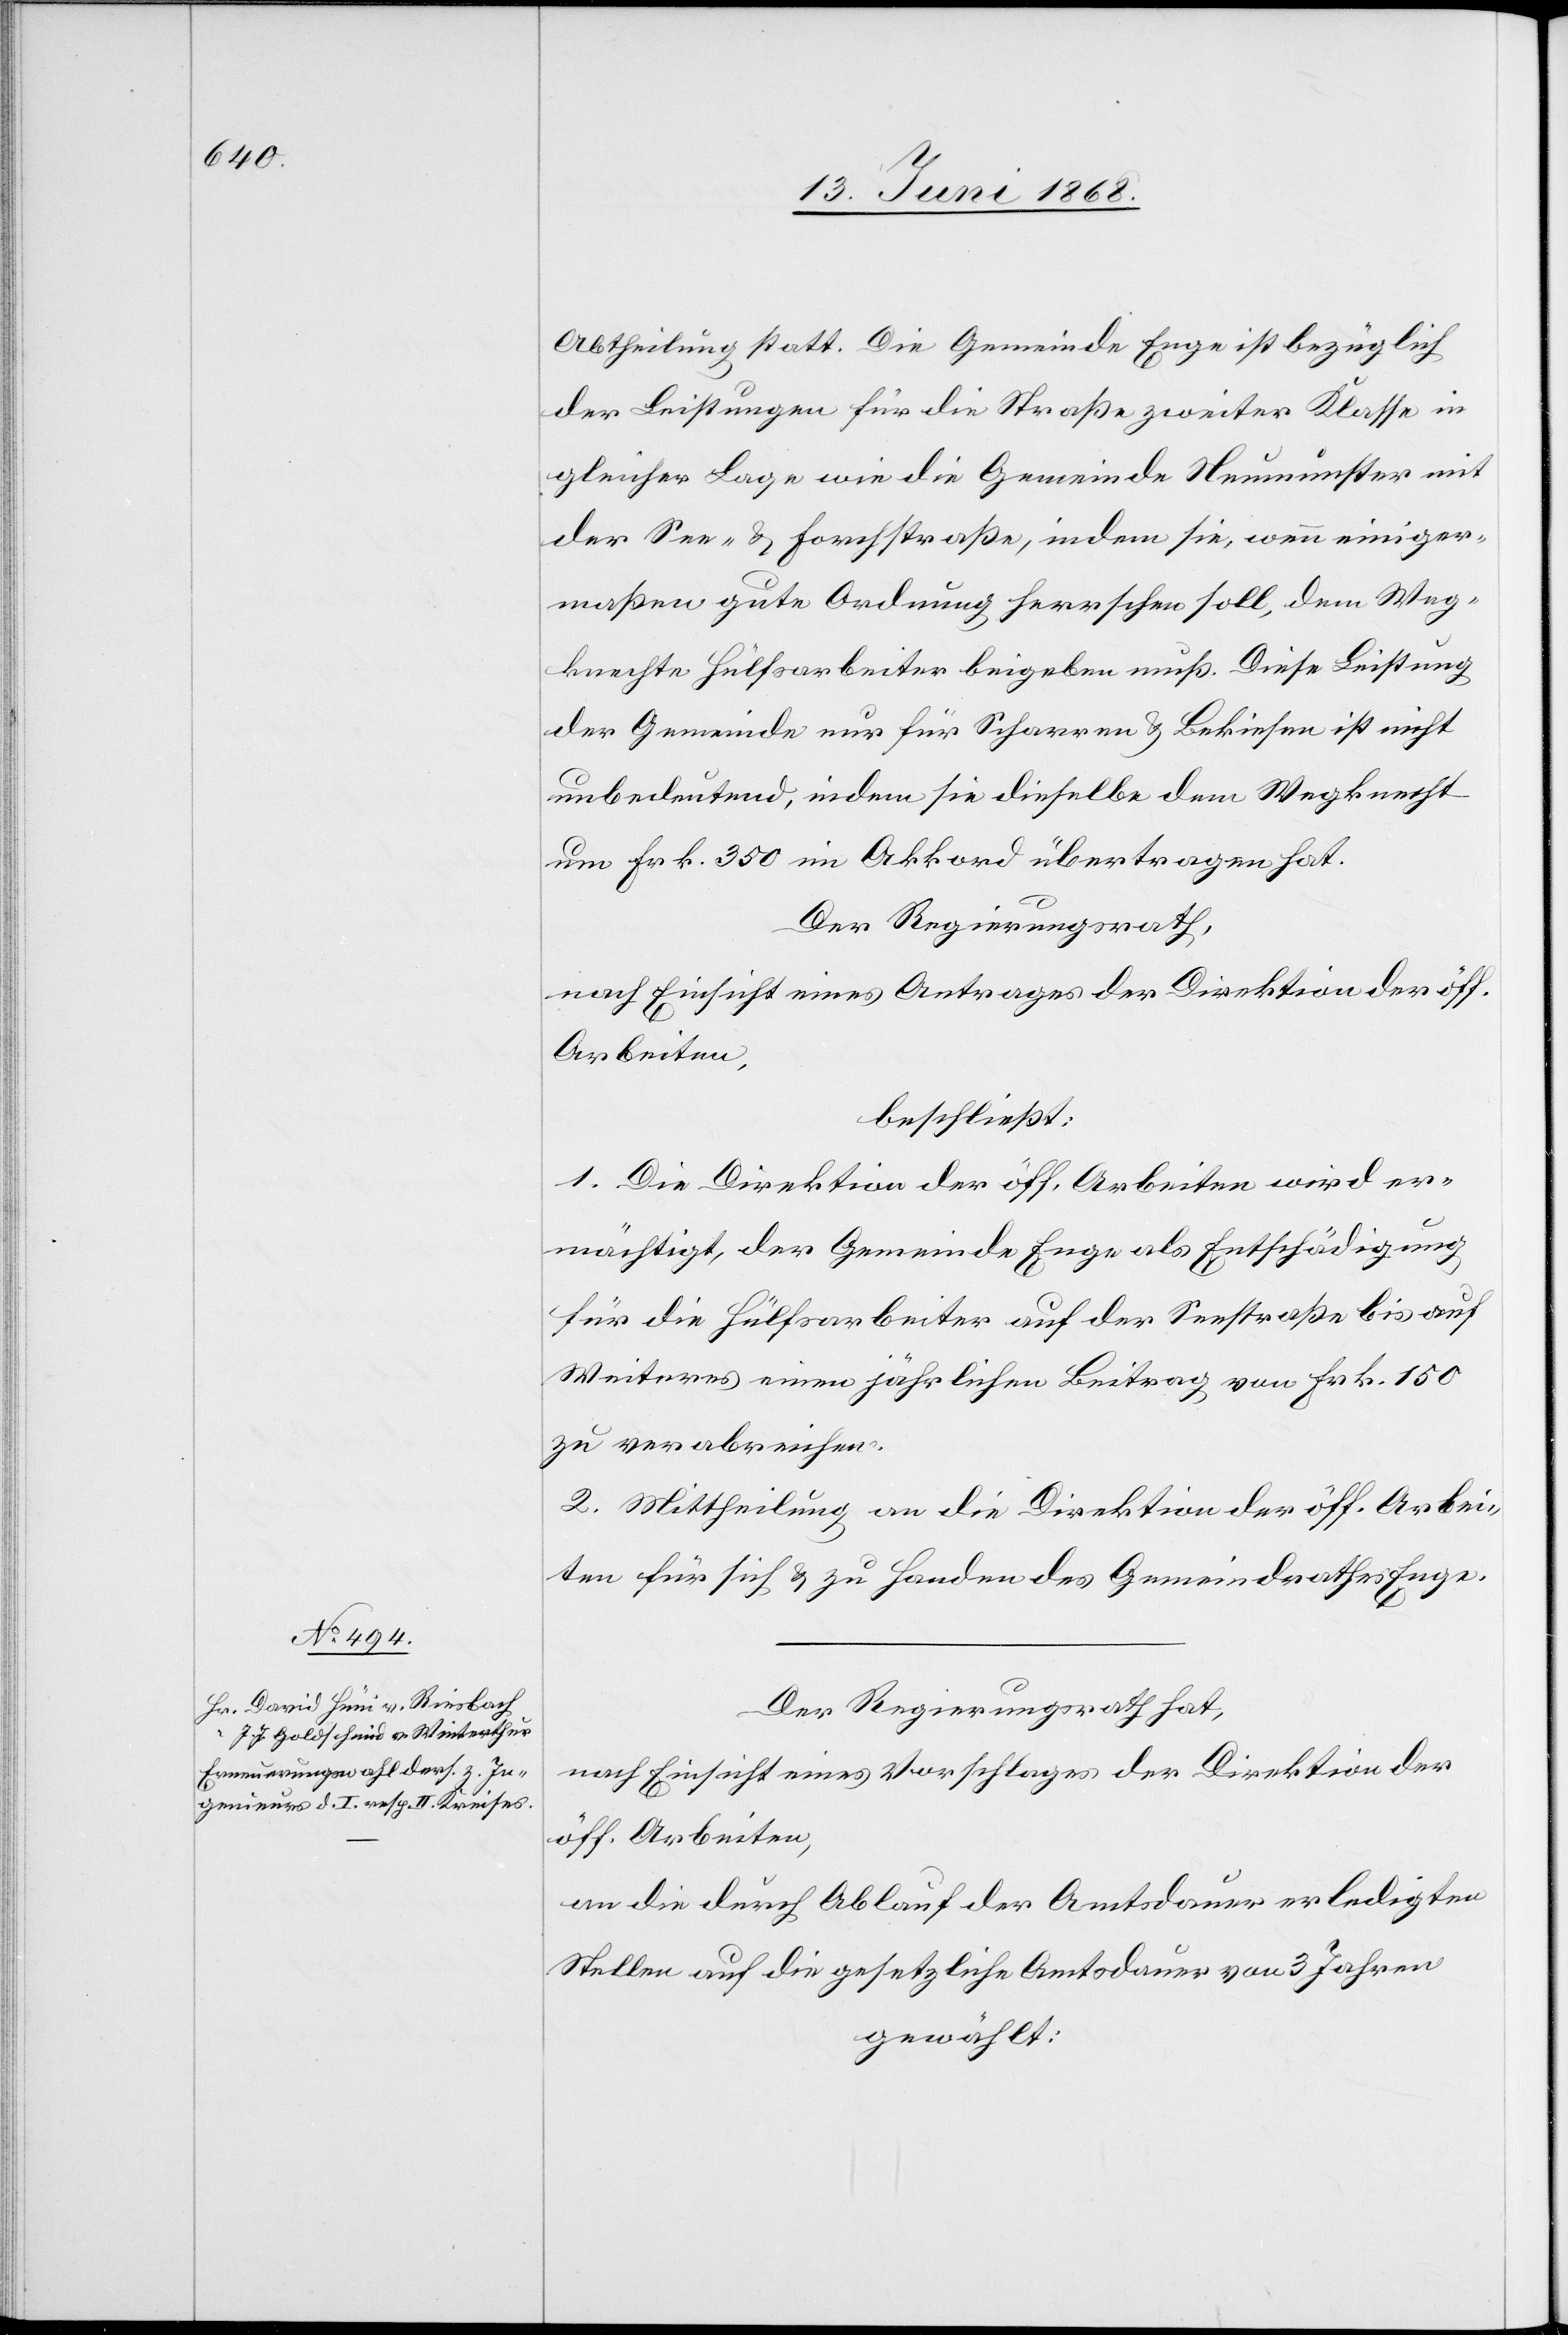
Abtheilung statt. Die Gemeinde Enge ist bezüglich
der Leistungen für die Straße zweiter Klasse in
gleicher Lage wie die Gemeinde Neumünster mit
der See- & Forchstraße, indem sie, wenn einiger¬
maßen gute Ordnung herrschen soll, dem Weg¬
knechte Hülfsarbeiter beigeben muß. Diese Leistung
der Gemeinde nur für Scharren & Bekiesen ist nicht
unbedeutend, indem sie dieselbe dem Wegknecht
um Frk. 350 im Akkord übertragen hat.
Der Regierungsrath,
nach Einsicht eines Antrages der Direktion der öff.
Arbeiten,
beschließt:
1. Die Direktion der öff. Arbeiten wird er¬
mächtigt, der Gemeinde Enge als Entschädigung
für die Hülfsarbeiter auf der Seestraße bis auf
Weiteres einen jährlichen Beitrag von Frk. 150
zu verabreichen.
2. Mittheilung an die Direktion der öff. Arbei¬
ten für sich & zu Handen des Gemeindrathes Enge.
Der Regierungsrath hat,
nach Einsicht eines Vorschlages der Direktion der
öff. Arbeiten,
an die durch Ablauf der Amtsdauer erledigten
Stellen auf die gesetzliche Amtsdauer von 3 Jahren
gewählt: